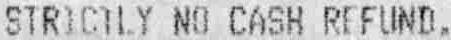
STRICTLY NO CASH REFUND.